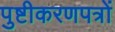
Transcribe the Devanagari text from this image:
पुष्टीकरणपत्रों